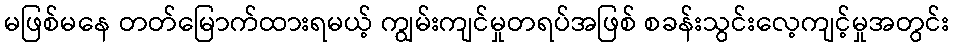
မဖြစ်မနေ တတ်မြောက်ထားရမယ့် ကျွမ်းကျင်မှုတရပ်အဖြစ် စခန်းသွင်းလေ့ကျင့်မှုအတွင်း